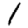
Digit: 1